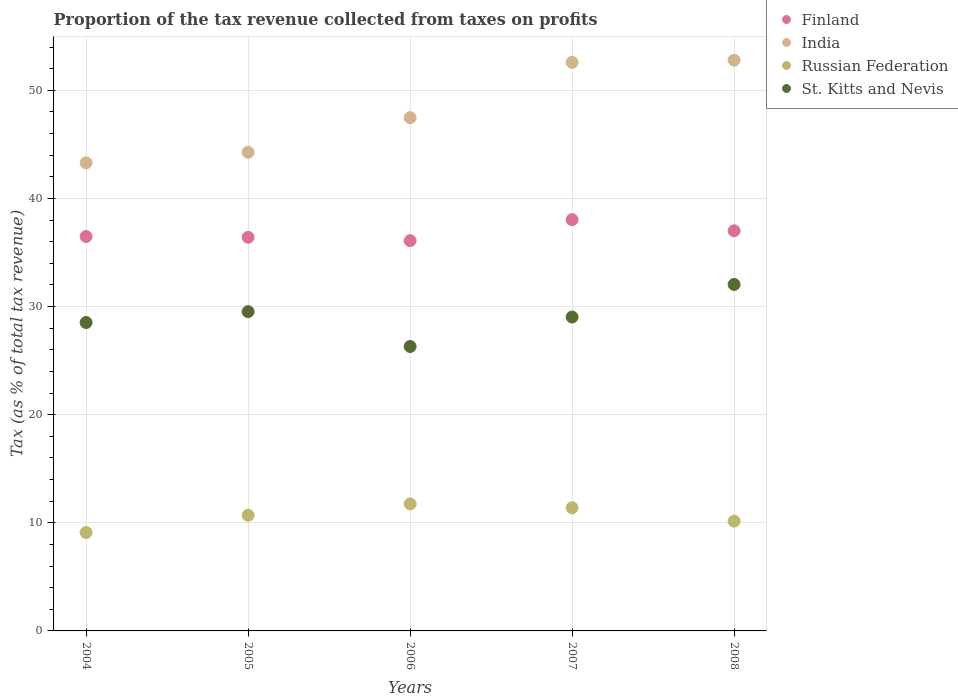
| Years | Finland | India | Russian Federation | St. Kitts and Nevis |
 | --- | --- | --- | --- | --- |
 | 2004 | 36.5 | 43.3 | 9.1 | 28.5 |
 | 2005 | 36.4 | 44.3 | 10.7 | 29.5 |
 | 2006 | 36.1 | 47.5 | 11.7 | 26.3 |
 | 2007 | 38 | 52.6 | 11.4 | 29 |
 | 2008 | 37 | 52.8 | 10.2 | 32 |